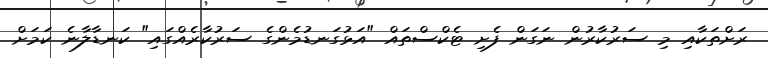
ރަށްތަކާއި މި ސަރުކާރުން ނަގަން ފެށި ޓެކްސްތައް "އަޅުގަނޑުމެންގެ ސަރުކާރެއްގައި" ކަނޑާލާނެ ކަމަށް